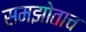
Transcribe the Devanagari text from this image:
समझोताच